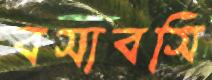
বসাবসি